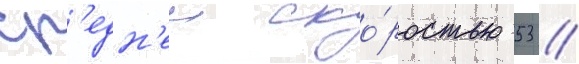
ср'едн'еи ско́ростью 53 //